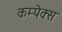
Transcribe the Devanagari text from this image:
कम्पेक्स